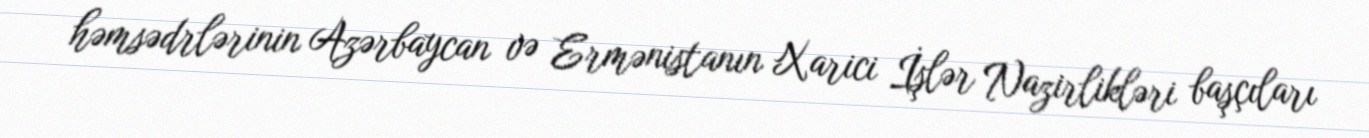
həmsədrlərinin Azərbaycan və Ermənistanın Xarici İşlər Nazirlikləri başçıları